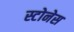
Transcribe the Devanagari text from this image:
स्टोनेस